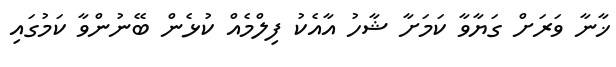
ޚާނާ ވަރަށް ގަޔާވާ ކަމަށާ ޝާހު އާއެކު ފިލްމެއް ކުޅެން ބޭނުންވާ ކަމުގައި